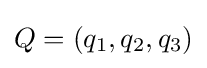
Q=(q_{1},q_{2},q_{3})